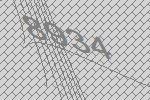
8934